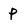
Character: p